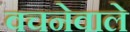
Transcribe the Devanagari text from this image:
वचनेवाले